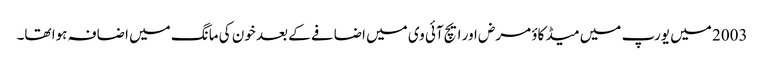
2003 میں یورپ میں میڈ کاؤ مرض اور ایچ آئی وی میں اضافے کے بعد خون کی مانگ میں اضافہ ہوا تھا۔